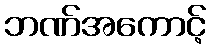
ဘဏ်အကောင့်